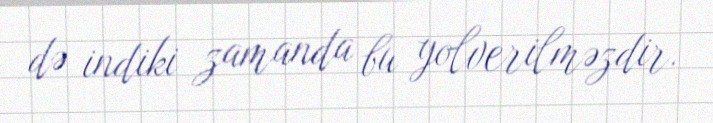
də indiki zamanda bu yolverilməzdir.